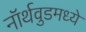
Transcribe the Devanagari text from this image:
नॉर्थवुडमध्ये